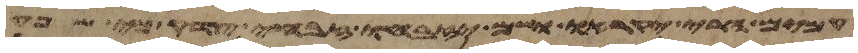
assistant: עמים הרי יקראו ושם יזבחו זבחי צדק כי שפע